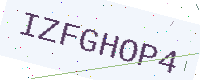
Text: IZFGHOP4